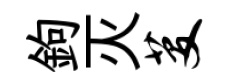
鉤灭芟